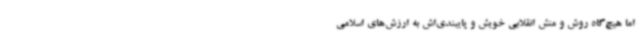
اما هیچ‌گاه روش و منش انقلابی خویش و پایبندی‌اش به ارزش‌های اسلامی